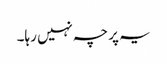
یہ پرچہ نہیں رہا۔